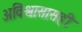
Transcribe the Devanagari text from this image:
अविश्वासासही